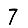
Digit: 7